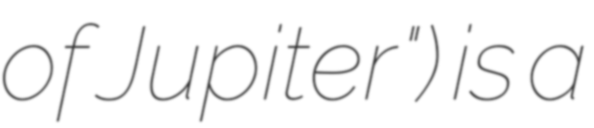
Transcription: of Jupiter") is a